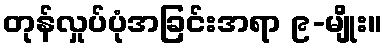
တုန်လှုပ်ပုံအခြင်းအရာ ၉-မျိုး။